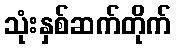
သုံးနှစ်ဆက်တိုက်